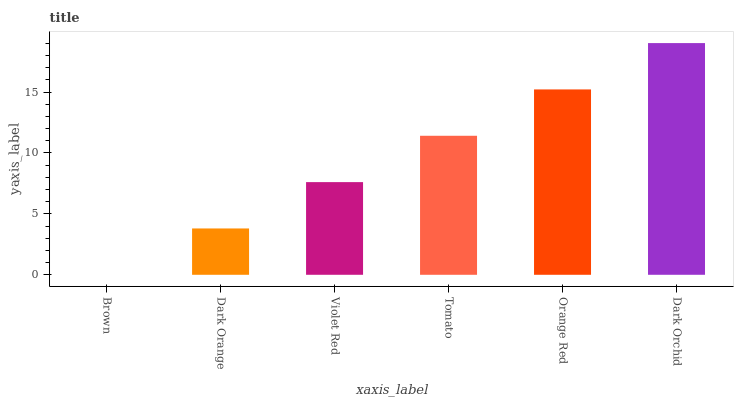
| xaxis_label | bars |
 | --- | --- |
 | Brown | 0 |
 | Dark Orange | 3.8 |
 | Violet Red | 7.61 |
 | Tomato | 11.4 |
 | Orange Red | 15.2 |
 | Dark Orchid | 19 |